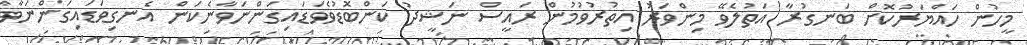
މީހުން ހައްޔަރުކޮށް ބަނގުރާ އަތުލެވޭ މިންވަރު އިތުރުވުމުން ރައީސް ނަޝީދު ކަންބޮޑުވެވަޑައިގަންނަވާނެކަން އެނގިވަޑައިގަންނަވާ